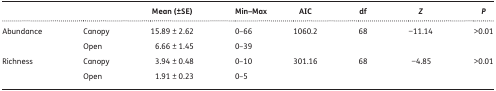
<table><thead><tr><td></td><td></td><td><b>Mean (±SE)</b></td><td><b>Min–Max</b></td><td><b>AIC</b></td><td><b>df</b></td><td><b><i>Z</i></b></td><td><b><i>P</i></b></td></tr></thead><tbody><tr><td rowspan="2">Abundance</td><td>Canopy</td><td>15.89 ± 2.62</td><td>0–66</td><td rowspan="2">1060.2</td><td rowspan="2">68</td><td rowspan="2">−11.14</td><td rowspan="2">&gt;0.01</td></tr><tr><td>Open</td><td>6.66 ± 1.45</td><td>0–39</td></tr><tr><td rowspan="2">Richness</td><td>Canopy</td><td>3.94 ± 0.48</td><td>0–10</td><td rowspan="2">301.16</td><td rowspan="2">68</td><td rowspan="2">−4.85</td><td rowspan="2">&gt;0.01</td></tr><tr><td>Open</td><td>1.91 ± 0.23</td><td>0–5</td></tr></tbody></table>